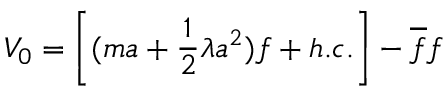
V _ { 0 } = \left[ ( m a + \frac { 1 } { 2 } \lambda a ^ { 2 } ) f + h . c . \right] - \overline { { { f } } } f